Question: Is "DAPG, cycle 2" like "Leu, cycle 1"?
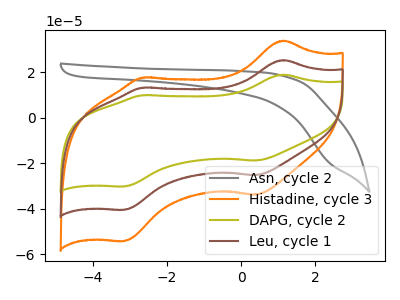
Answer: <think>The gray curve "Asn, cycle 2" has no peaks. The orange curve "Histadine, cycle 3" has anodic peaks at (1.15V, 50.45uA) (-2.70V, 26.25uA) and cathodic peaks at (0.40V, -50.65uA) (-3.15V, -81.15uA). The olive curve "DAPG, cycle 2" has anodic peaks at (1.15V, 18.85uA) (-2.70V, 9.80uA) and cathodic peaks at (0.40V, -18.90uA) (-3.15V, -30.30uA). The brown curve "Leu, cycle 1" has anodic peaks at (1.15V, 25.25uA) (-2.70V, 13.15uA) and cathodic peaks at (0.40V, -25.30uA) (-3.15V, -40.60uA).
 All the peaks in "DAPG, cycle 2" have a peak in "Leu, cycle 1" at the same potential. Every peak in "DAPG, cycle 2" is lower than every peak in "Leu, cycle 1".</think>
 <answer>"DAPG, cycle 2" and "Leu, cycle 1" are similar in shape.</answer>
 <eval>same_shape</eval>